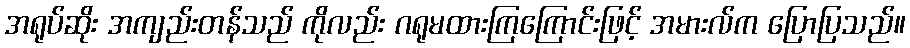
အရုပ်ဆိုး အကျည်းတန်သည် ကိုလည်း ဂရုမထားကြကြောင်းဖြင့် အမားလ်က ပြောပြသည်။